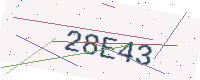
Text: 28E43